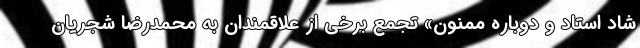
شاد استاد و دوباره ممنون» تجمع برخی از علاقمندان به محمدرضا شجریان